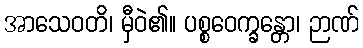
အာသေဝတိ၊ မှီဝဲ၏။ ပစ္စဝေက္ခန္တော၊ ဉာဏ်